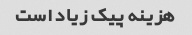
هزینه پیک زیاد است